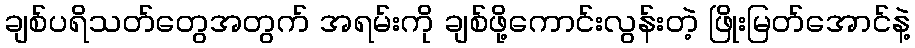
ချစ်ပရိသတ်တွေအတွက် အရမ်းကို ချစ်ဖို့ကောင်းလွန်းတဲ့ ဖြိုးမြတ်အောင်နဲ့